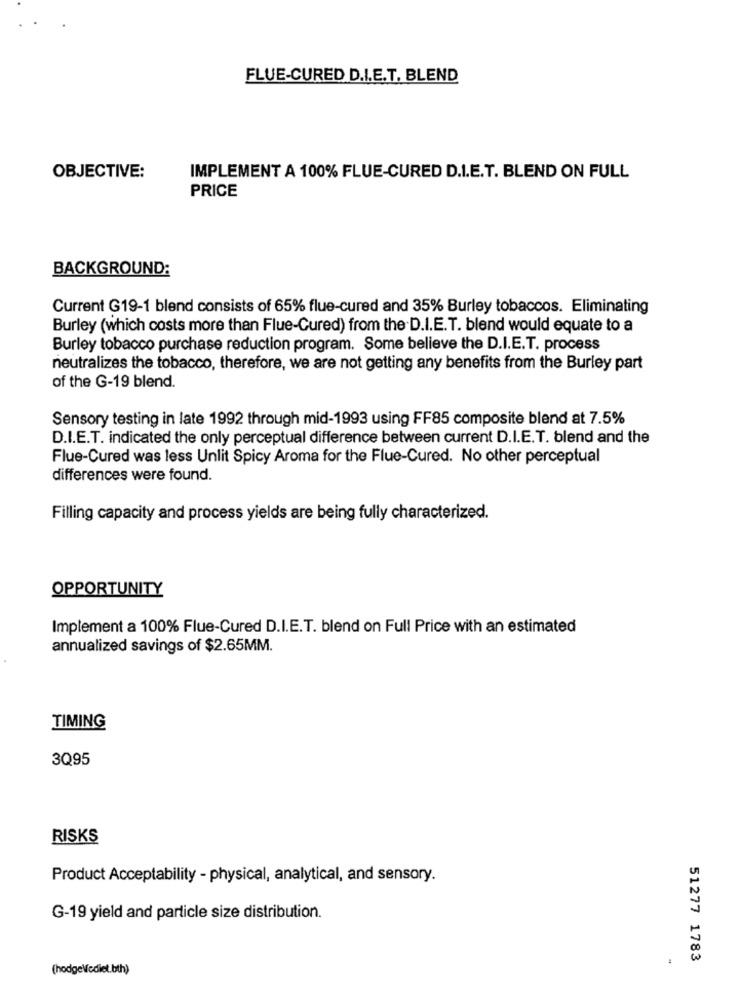
FLUE-CURED D.I.E.T. BLEND
OBJECTIVE:
IMPLEMENT A 100% FLUE-CURED D.I.E.T. BLEND ON FULL
PRICE
BACKGROUND:
Current G19-1 blend consists of 65% flue-cured and 35% Burley tobaccos. Eliminating
Burley (which costs more than Flue-Cured) from the D.I.E.T. blend would equate to a
Burley tobacco purchase reduction program. Some believe the D.I.E.T. process
neutralizes the tobacco, therefore, we are not getting any benefits from the Burley part
of the G-19 blend.
Sensory testing in late 1992 through mid-1993 using FF85 composite blend at 7.5%
D.I.E.T. indicated the only perceptual difference between current D.I.E.T. blend and the
Flue-Cured was less Unlit Spicy Aroma for the Flue-Cured. No other perceptual
differences were found.
Filling capacity and process yields are being fully characterized.
OPPORTUNITY
Implement a 100% Flue-Cured D.I.E.T. blend on Full Price with an estimated
annualized savings of $2.65MM.
TIMING
3Q95
RISKS
Product Acceptability - physical, analytical, and sensory.
G-19 yield and particle size distribution.
51277 1783
(hodge\cdiet.bth)